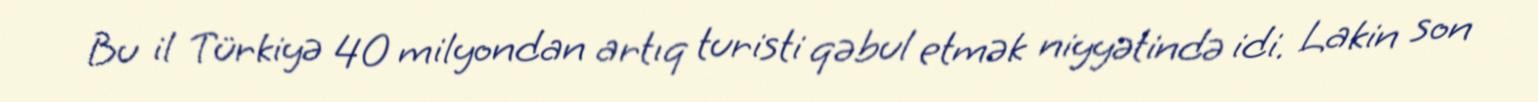
Bu il Türkiyə 40 milyondan artıq turisti qəbul etmək niyyətində idi. Lakin son